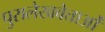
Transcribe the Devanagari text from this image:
पुरालेखवेत्ताओं